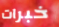
خبرات